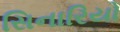
સિનારિયો